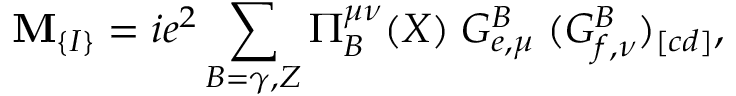
\mathbf { M } _ { \{ I \} } = i e ^ { 2 } \sum _ { B = \gamma , Z } \Pi _ { B } ^ { \mu \nu } ( X ) \; G _ { e , \mu } ^ { B } \; ( G _ { f , \nu } ^ { B } ) _ { [ c d ] } ,